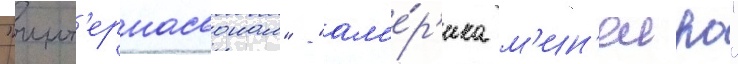
"инт'ернасьонал" - "ам'е́р'ика м'ин'еиро"